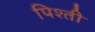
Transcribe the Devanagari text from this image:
पिश्ती